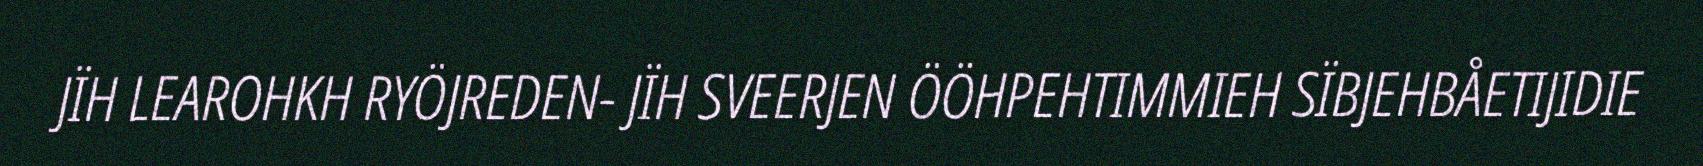
JÏH LEAROHKH RYÖJREDEN- JÏH SVEERJEN ÖÖHPEHTIMMIEH SÏBJEHBÅETIJIDIE